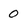
Character: 0